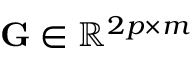
\mathbf { G } \in \mathbb { R } ^ { 2 p \times m }